Plague in India, 1896, 1897 - Volume 3
Year: 1896
Disease focus: Plague
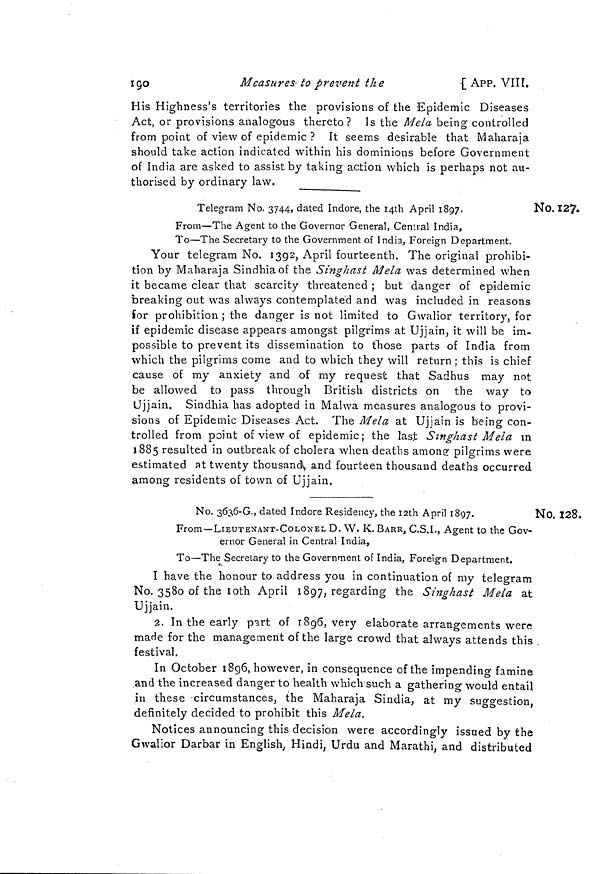
190
Measures to prevent the
•[ APP. VIII.
His Highness's territories the provisions of the Epidemic Diseases
Act, or provisions analogous thereto? Is the Mela being controlled
from point of view of epidemic ? It seems desirable that Maharaja
should take action indicated within his dominions before Government
of India are asked to assist by taking action which is perhaps not au-
thorised by ordinary law.
No. 127.
Telegram No. 3744, dated Indore, the I4th April 1897.
N
From—The Agent to the Governor General, Central India,
To—The Secretary to the Government of India,, Foreign Department.
Your telegram No. 1392, April fourteenth. The original prohibi-
tion by Maharaja Sindhiaof the Singhast Mela was determined when
it became clear that scarcity threatened ; but danger of epidemic
breaking out was always contemplated and was included in reasons
for prohibition ; the danger is not limited to Gwalior territory, for
if epidemic disease appears amongst pilgrims at Ujjain, it will be im-
possible to prevent its dissemination to those parts of India from
which the pilgrims come and to which they will return ; this is chief
cause of my anxiety and of my request that Sadhus may not
be allowed to pass through British districts on the way to
Ujjain. Sindhia has adopted in Malwa measures analogous to provi-
sions of Epidemic Diseases Act. The Mela at Ujjain is being con-
trolled from point of view of epidemic; the last Singhast Mela m
1885 resulted in outbreak of cholera when deaths among pilgrims were
estimated at twenty thousand and fourteen thousand deaths occurred
among residents of town of Ujjain.
No. 128.
No. 3636-G., dated Indore Residency, the 12th April 1897.
N
From—LIEUTENANT-COLONEL D. W. K. BARR, C.S.I., Agent to the Gov-
ernor General in Central India,
To—The Secretary to the Government of India, Foreign Department.
I have the honour to address you in continuation of my telegram
No. 3580 of the l0th April 1897, regarding the Singhast Mela at
Ujjain.
2. In the early part of 1896, very elaborate arrangements were
made for the management of the large crowd that always attends this
festival.
In October 1896, however, in consequence of the impending famine
and the increased danger to health which such a gathering would entail
in these -circumstances, the Maharaja Sindia, at my suggestion,
definitely decided to prohibit this Mela.
Notices announcing this decision were accordingly issued by the
Gwalior Darbar in English, Hindi,Urdu and Marathi, and distributed